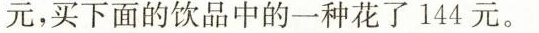
元，买下面的饮品中的一种花了144元。